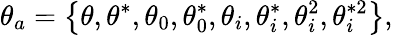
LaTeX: \theta_{a}=\left\{ \theta,\theta^{\ast},\theta_{0},\theta_{0}^{\ast},\theta_{i},\theta_{i}^{\ast},\theta_{i}^{2},\theta_{i}^{\ast 2}\right\} ,